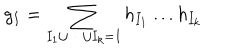
LaTeX: g _ { I } = \sum _ { I _ { 1 } \cup \dots \cup I _ { k } = I } h _ { I _ { 1 } } \dots h _ { I _ { k } } \,